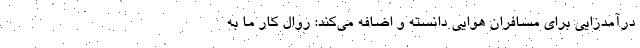
درآمدزایی برای مسافران هوایی دانسته و اضافه می‌کند: روال کار ما به